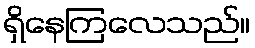
ရှိနေကြလေသည်။